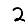
Digit: 2